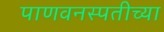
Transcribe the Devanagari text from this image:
पाणवनस्पतीच्या